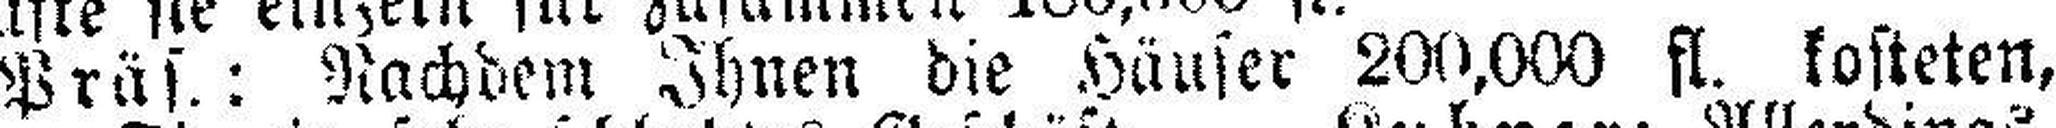
Präs.: Nachdem Ihnen die Häuser 200,000 fl. kosteten,